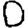
Digit: 0